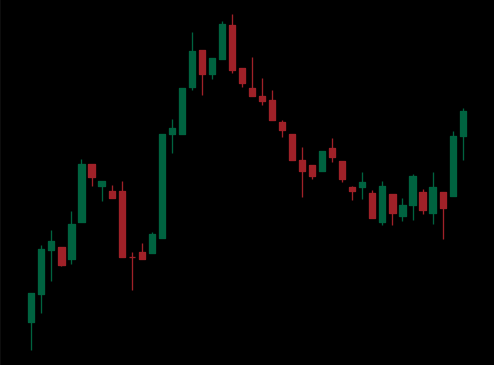
Pattern: head_shoulders